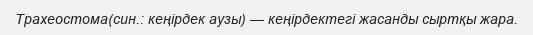
Трахеостома(син.: кеңірдек аузы) — кеңірдектегі жасанды сыртқы жара.